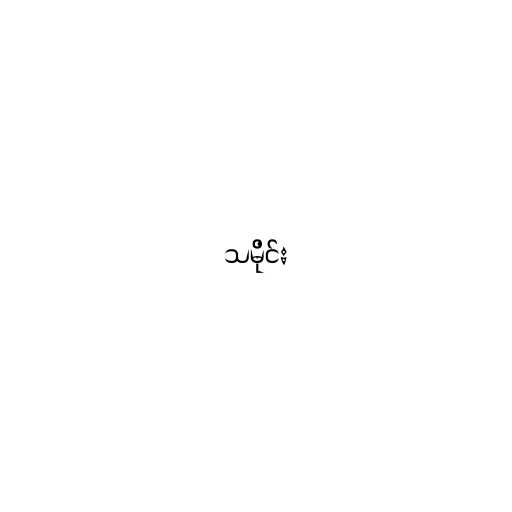
သမိုင်း